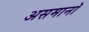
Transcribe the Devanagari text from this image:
असमानॉ